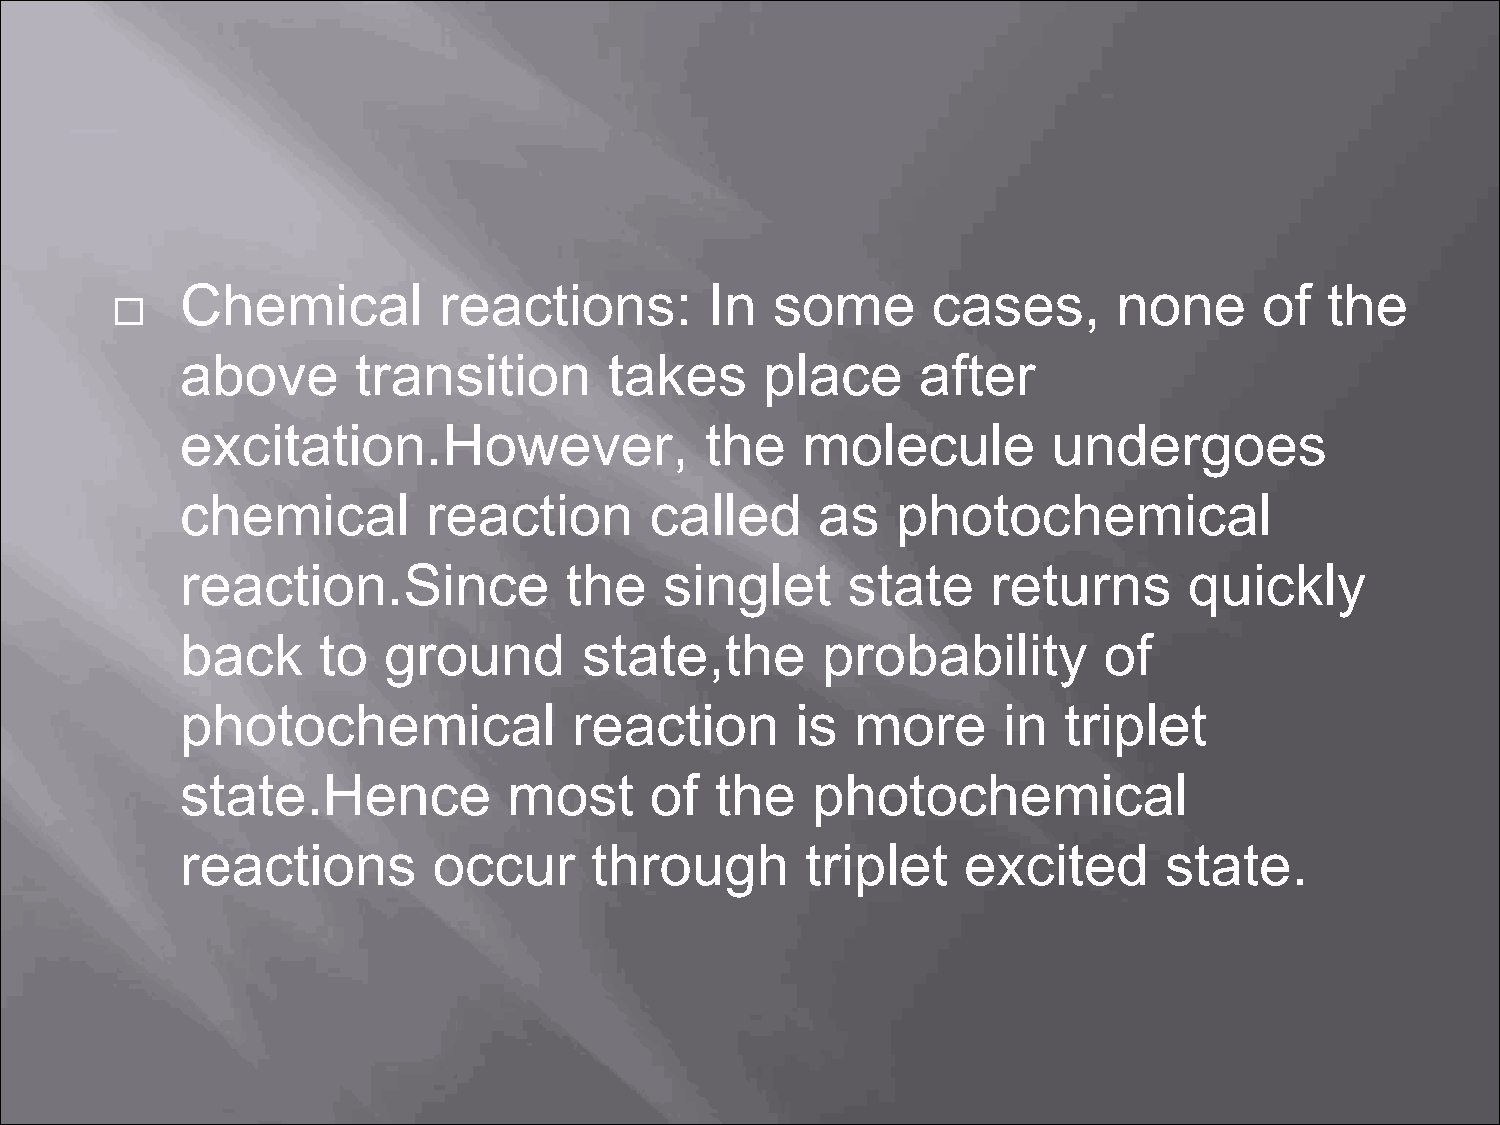
Chemical         reactions:        In  some       cases,      none      of  the
 
 above       transition      takes      place     after
 excitation.However,                the   molecule         undergoes
 chemical        reaction       called     as   photochemical
 reaction.Since           the    singlet     state     returns      quickly
 back     to  ground        state,the      probability        of
 photochemical             reaction       is  more     in  triplet
 state.Hence           most     of  the    photochemical
 reactions        occur     through       triplet    excited      state.